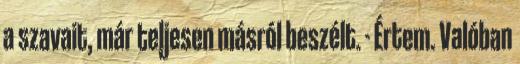
a szavait, már teljesen másról beszélt. - Értem. Valóban